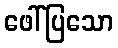
ဖေါ်ပြသော